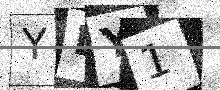
Text: YLY1